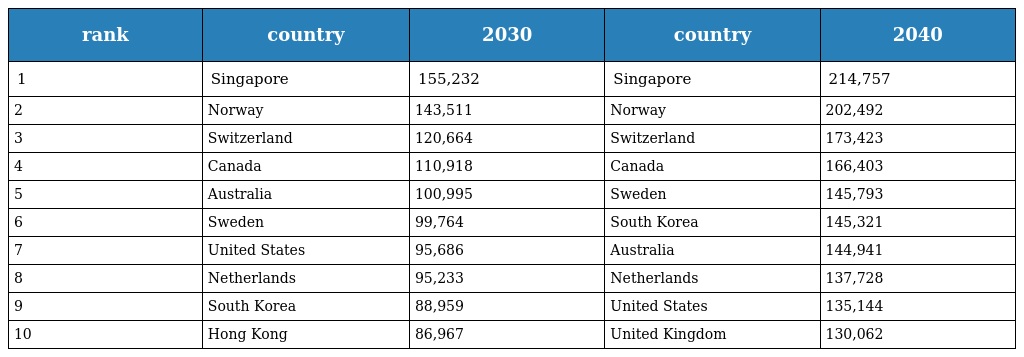
| rank | country | 2030 | country | 2040 |
 | --- | --- | --- | --- | --- |
 | 1 | Singapore | 155,232 | Singapore | 214,757 |
 | 2 | Norway | 143,511 | Norway | 202,492 |
 | 3 | Switzerland | 120,664 | Switzerland | 173,423 |
 | 4 | Canada | 110,918 | Canada | 166,403 |
 | 5 | Australia | 100,995 | Sweden | 145,793 |
 | 6 | Sweden | 99,764 | South Korea | 145,321 |
 | 7 | United States | 95,686 | Australia | 144,941 |
 | 8 | Netherlands | 95,233 | Netherlands | 137,728 |
 | 9 | South Korea | 88,959 | United States | 135,144 |
 | 10 | Hong Kong | 86,967 | United Kingdom | 130,062 |